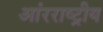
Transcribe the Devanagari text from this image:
आंरराष्ट्रीय